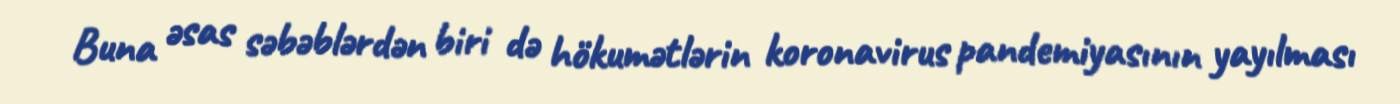
Buna əsas səbəblərdən biri də hökumətlərin koronavirus pandemiyasının yayılması